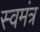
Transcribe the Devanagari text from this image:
स्वमंत्र